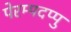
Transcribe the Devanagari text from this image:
पेरम्पदप्पु